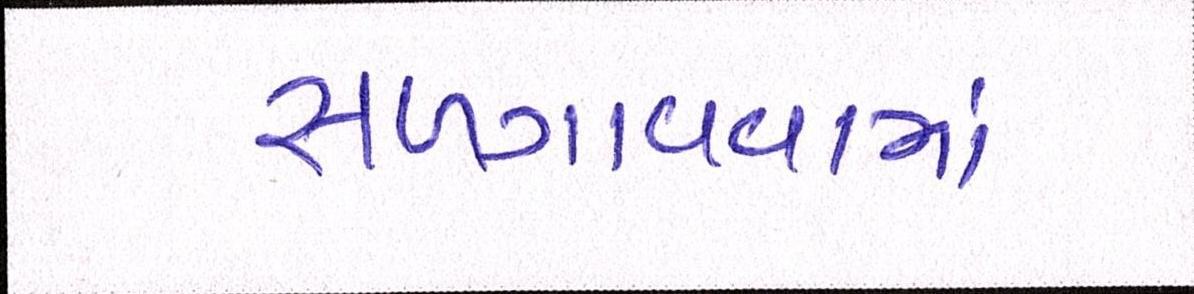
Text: સળગાવવામાં